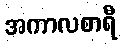
အကာလစာရီ